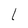
Character: l